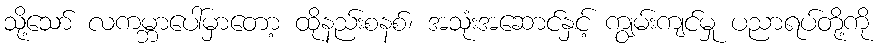
သို့သော် လကမ္ဘာပေါ်မှာတော့ ထိုနည်းစနစ်၊ အသုံးအဆောင်နှင့် ကျွမ်းကျင်မှု ပညာရပ်တို့ကို